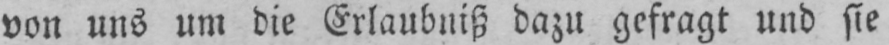
von uns um die Erlaubniß dazu gefragt und sie